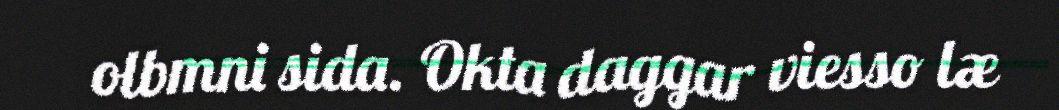
olbmni sida. Okta daggar viesso læ